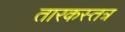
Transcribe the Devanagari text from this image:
तारकस्तत्र